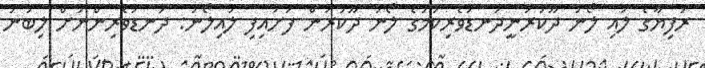
ރުފިޔާގެ ލުއި ލޯނު ދޫކުރަނީދަނޑުވެރިކަމުގެ ލޯނު ދޫކުރަން ފަށައިފި ލުއިލޯނު: ދަނޑުވެރިންނަށް ލިބުނު